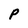
Character: P